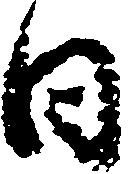
日